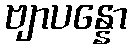
ဗျာပန္နော